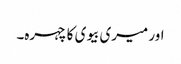
اور میری بیوی کا چہرہ۔